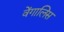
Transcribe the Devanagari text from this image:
वेंगालिस